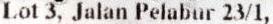
LOT 3, JALAN PELABUR 23/1,